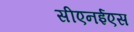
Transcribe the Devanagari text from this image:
सीएनईएस